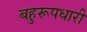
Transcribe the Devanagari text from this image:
बहुरूपधारी